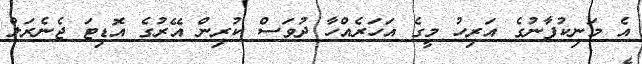
އެ މަނިކުފާނުގެ އަރިހު މީގެ އަހަރެއްހާ ދުވަސް ކުރިން އޭރުގެ އޮޑިޓަ ޖެނެރަލް